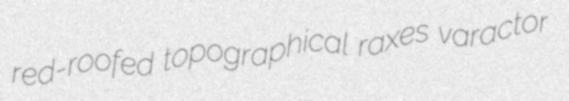
red-roofed topographical raxes varactor